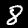
Label: 8